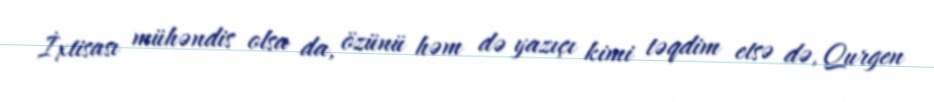
İxtisası mühəndis olsa da, özünü həm də yazıçı kimi təqdim etsə də, Qurgen